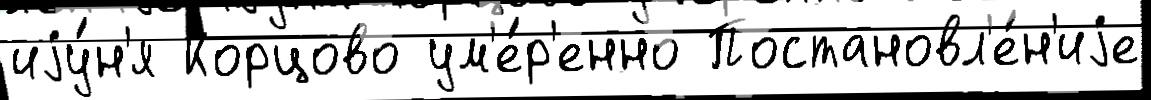
иjу́н'я Корцово ум'е́р'енно Постановл'е́н'иjе